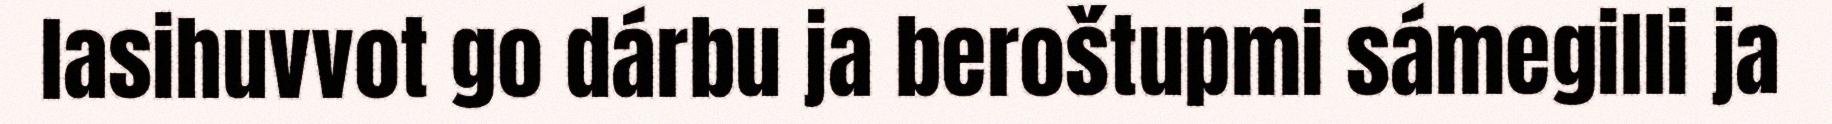
lasihuvvot go dárbu ja beroštupmi sámegilli ja